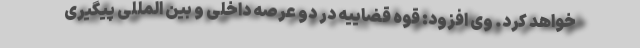
خواهد کرد. وی افزود: قوه قضاییه در دو عرصه داخلی و بین المللی پیگیری